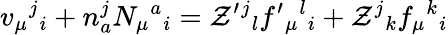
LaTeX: v_{\mu}{}^{j}{}_{i}+n_{a}^{j}N_{\mu}{}^{a}{}_{i}=\mathcal{Z}^{\prime}{}^{j}{}_{l}f^{\prime}{}_{\mu}{}^{l}{}_{i}+\mathcal{Z}^{j}{}_{k}f_{\mu}{}^{k}{}_{i}